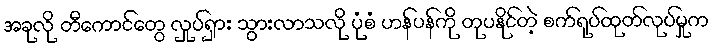
အခုလို တီကောင်တွေ လှုပ်ရှား သွားလာသလို ပုံစံ ဟန်ပန်ကို တုပနိုင်တဲ့ စက်ရုပ်ထုတ်လုပ်မှုက